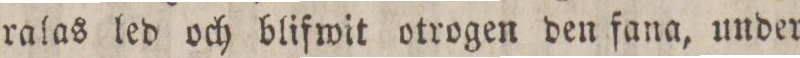
ralas led och blifwit otrogen den fana, under